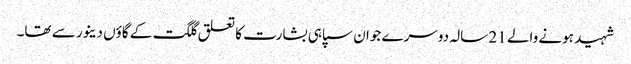
شہید ہونے والے 21 سالہ دوسرے جوان سپاہی بشارت کا تعلق گلگت کے گاؤں دینور سے تھا۔